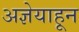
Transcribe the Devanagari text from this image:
अज्ञेयाहून